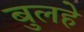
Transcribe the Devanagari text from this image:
बुलहे